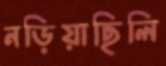
নড়িয়াছিলি